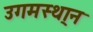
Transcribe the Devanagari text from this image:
उगमस्था्न